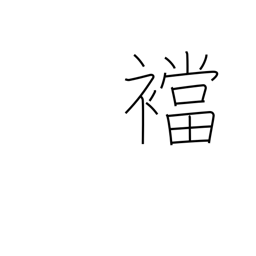
Meaning: gusset